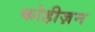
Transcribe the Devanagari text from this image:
कोहीज़न